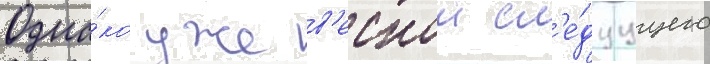
Одна́ко уже в'еснои сл'е́дуущего